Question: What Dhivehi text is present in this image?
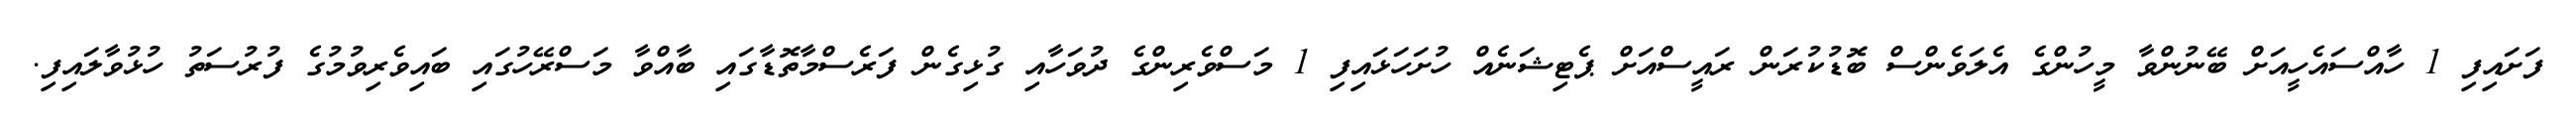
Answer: ފަށައިފި 1 ހާއްސައެހީއަށް ބޭނުންވާ މީހުންގެ އެލަވެންސް ބޮޑުކުރަން ރައީސްއަށް ޕެޓިޝަނެއް ހުށަހަޅައިފި 1 މަސްވެރިންގެ ދުވަހާއި ގުޅިގެން ފަރެސްމާތޮޑާގައި ބާއްވާ މަސްރޭހުގައި ބައިވެރިވުމުގެ ފުރުސަތު ހުޅުވާލައިފި.